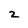
Character: 2